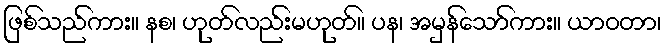
ဖြစ်သည်ကား။ နစ၊ ဟုတ်လည်းမဟုတ်။ ပန၊ အမှန်သော်ကား။ ယာဝတာ၊